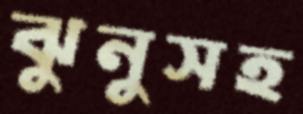
ঝুনুসহ